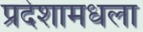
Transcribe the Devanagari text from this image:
प्रदेशामधला